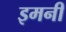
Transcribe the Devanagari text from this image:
इमनी